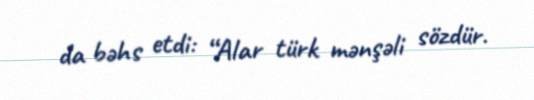
da bəhs etdi: “Alar türk mənşəli sözdür.